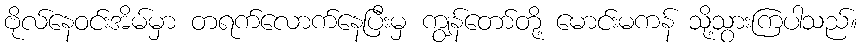
ဗိုလ်နေဝင်းအိမ်မှာ တရက်လောက်နေပြီးမှ ကျွန်တော်တို့ မောင်းမကန် သို့သွားကြပါသည်။